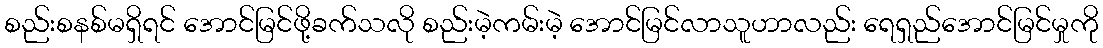
စည်းစနစ်မရှိရင် အောင်မြင်ဖို့ခက်သလို စည်းမဲ့ကမ်းမဲ့ အောင်မြင်လာသူဟာလည်း ရေရှည်အောင်မြင်မှုကို